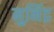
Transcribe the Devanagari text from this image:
मुनिंद्र